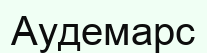
Аудемарс